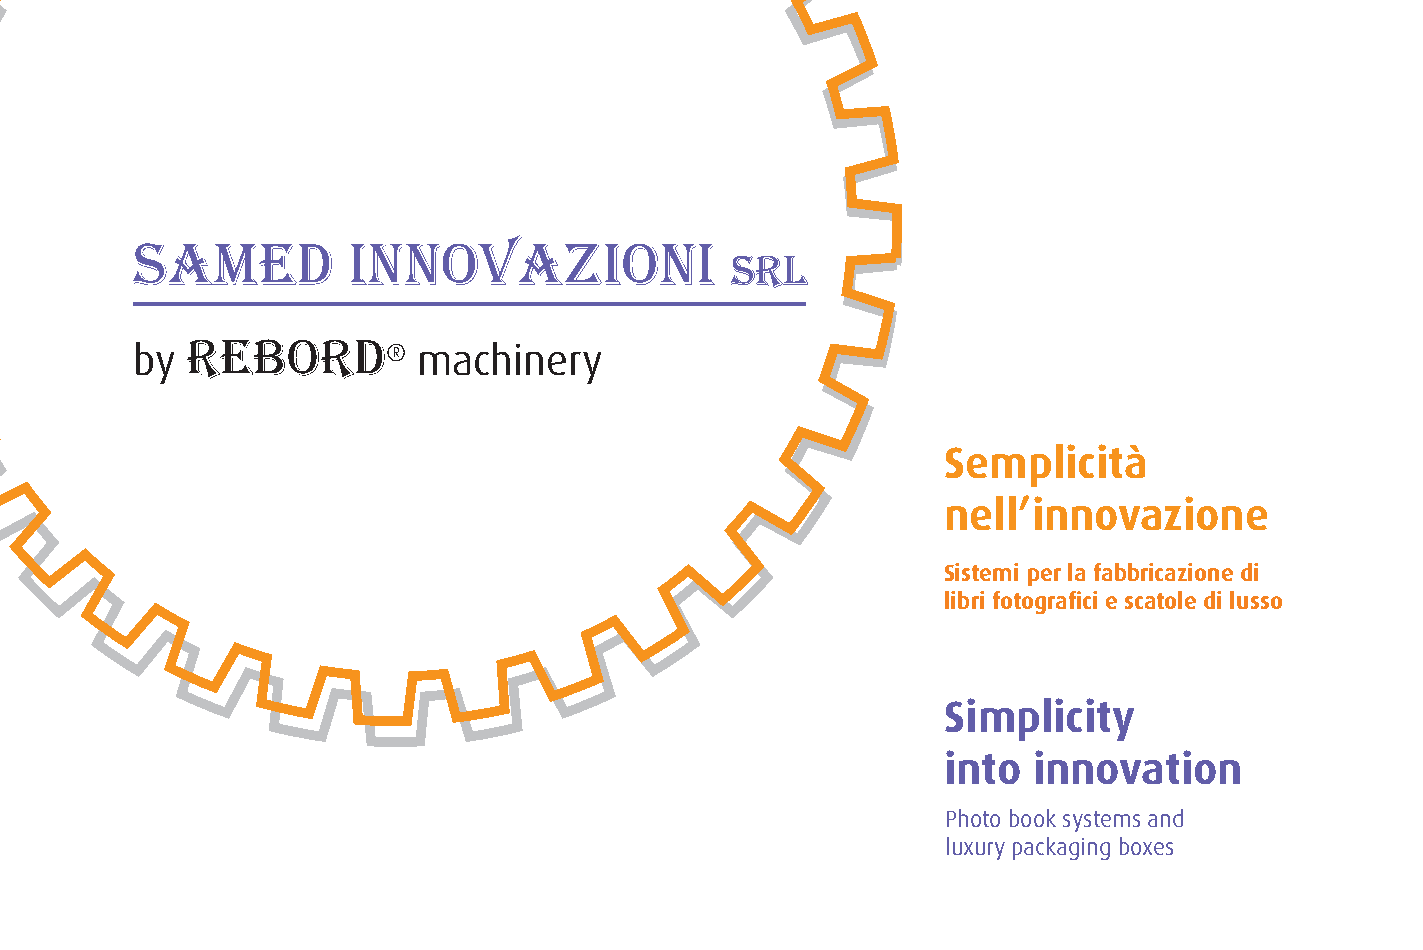
SAMed         INNoVAZIoNI
 SRl
 by
 ReboRd®
 machinery
 Semplicità
 nell’innovazione
 Sistemi per la fabbricazione di
 libri fotografici e scatole di lusso
 Simplicity
 into  innovation
 Photo book systems and
 luxury packaging boxes
 Samed_brochure_esec_24x16.indd 1                                                      19/03/15 22:49